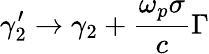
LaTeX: \gamma_{2}^{\prime}\rightarrow\gamma_{2}+\frac{\omega_{p}\sigma}{c}\Gamma